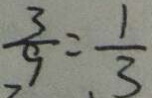
\frac { 3 } { 9 } = \frac { 1 } { 3 }